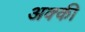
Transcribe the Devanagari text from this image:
अक्की